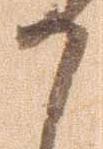
か